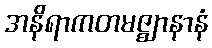
အနိရာကတမဇ္ဈာနာနံ